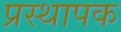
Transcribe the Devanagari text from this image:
प्रस्थापक